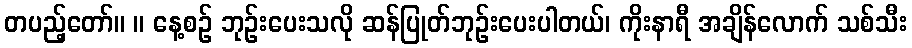
တပည့်တော်။ ။ နေ့စဉ် ဘုဉ်းပေးသလို ဆန်ပြုတ်ဘုဉ်းပေးပါတယ်၊ ကိုးနာရီ အချိန်လောက် သစ်သီး